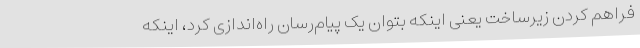
فراهم کردن زیرساخت یعنی اینکه بتوان یک پیام‌رسان راه‌اندازی کرد، اینکه